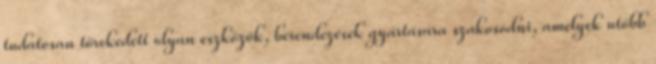
tudatosan törekedett olyan eszközök, berendezések gyártására szakosodni, amelyek utóbb